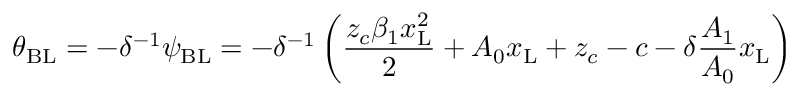
\theta _ { \mathrm { { B L } } } = - \delta ^ { - 1 } \psi _ { \mathrm { { B L } } } = - \delta ^ { - 1 } \left( \frac { z _ { c } \beta _ { 1 } x _ { \mathrm { { L } } } ^ { 2 } } { 2 } + A _ { 0 } x _ { \mathrm { { L } } } + z _ { c } - c - \delta \frac { A _ { 1 } } { A _ { 0 } } x _ { \mathrm { { L } } } \right)